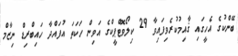
ބޭންކުގެ އެހީގައި ޤާއިމުކުރެވިފައިވާ 29 ކިލޯވޮޓްޕީކްގެ އަވިން ހަކަތަ އުފައްދާ ހައިބްރިޑް ނިޒާމް